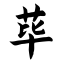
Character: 荜